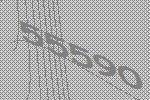
55590